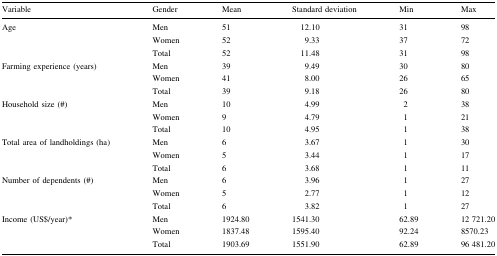
<table><thead><tr><td><b>Variable</b></td><td><b>Gender</b></td><td><b>Mean</b></td><td><b>Standard deviation</b></td><td><b>Min</b></td><td><b>Max</b></td></tr></thead><tbody><tr><td rowspan="3">Age</td><td>Men</td><td>51</td><td>12.10</td><td>31</td><td>98</td></tr><tr><td>Women</td><td>52</td><td>9.33</td><td>37</td><td>72</td></tr><tr><td>Total</td><td>52</td><td>11.48</td><td>31</td><td>98</td></tr><tr><td rowspan="3">Farming experience (years)</td><td>Men</td><td>39</td><td>9.49</td><td>30</td><td>80</td></tr><tr><td>Women</td><td>41</td><td>8.00</td><td>26</td><td>65</td></tr><tr><td>Total</td><td>39</td><td>9.18</td><td>26</td><td>80</td></tr><tr><td rowspan="3">Household size (#)</td><td>Men</td><td>10</td><td>4.99</td><td>2</td><td>38</td></tr><tr><td>Women</td><td>9</td><td>4.79</td><td>1</td><td>21</td></tr><tr><td>Total</td><td>10</td><td>4.95</td><td>1</td><td>38</td></tr><tr><td rowspan="3">Total area of landholdings (ha)</td><td>Men</td><td>6</td><td>3.67</td><td>1</td><td>30</td></tr><tr><td>Women</td><td>5</td><td>3.44</td><td>1</td><td>17</td></tr><tr><td>Total</td><td>6</td><td>3.68</td><td>1</td><td>11</td></tr><tr><td rowspan="3">Number of dependents (#)</td><td>Men</td><td>6</td><td>3.96</td><td>1</td><td>27</td></tr><tr><td>Women</td><td>5</td><td>2.77</td><td>1</td><td>12</td></tr><tr><td>Total</td><td>6</td><td>3.82</td><td>1</td><td>27</td></tr><tr><td rowspan="3">Income (US$/year)*</td><td>Men</td><td>1924.80</td><td>1541.30</td><td>62.89</td><td>12 721.20</td></tr><tr><td>Women</td><td>1837.48</td><td>1595.40</td><td>92.24</td><td>8570.23</td></tr><tr><td>Total</td><td>1903.69</td><td>1551.90</td><td>62.89</td><td>96 481.20</td></tr></tbody></table>